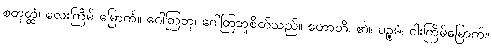
စတုတ္ထံ၊ လေးကြိမ် မြောက်။ ဂေါတြဘု၊ ဂေါတြဘူစိတ်သည်။ ဟောတိ၊ ၏။ ပဉ္စမံ၊ ငါးကြိမ်မြောက်။